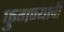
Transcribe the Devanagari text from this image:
फुगण्याची